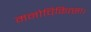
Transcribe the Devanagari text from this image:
मनोचिकित्सा।